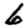
Digit: 6